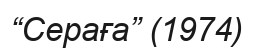
“Сераға” (1974)